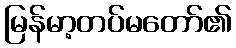
မြန်မာ့တပ်မတော်၏